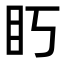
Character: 䀎